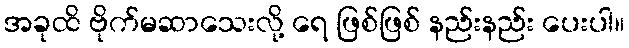
အခုထိ ဗိုက်မဆာသေးလို့ ရေ ဖြစ်ဖြစ် နည်းနည်း ပေးပါ။